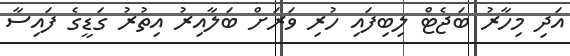
އަދި މިހާރު ބަޖެޓް ލިބިފައި ހުރި ވަރަށް ބަލާއިރު އިތުރު ގަޑީގެ ފައިސާ